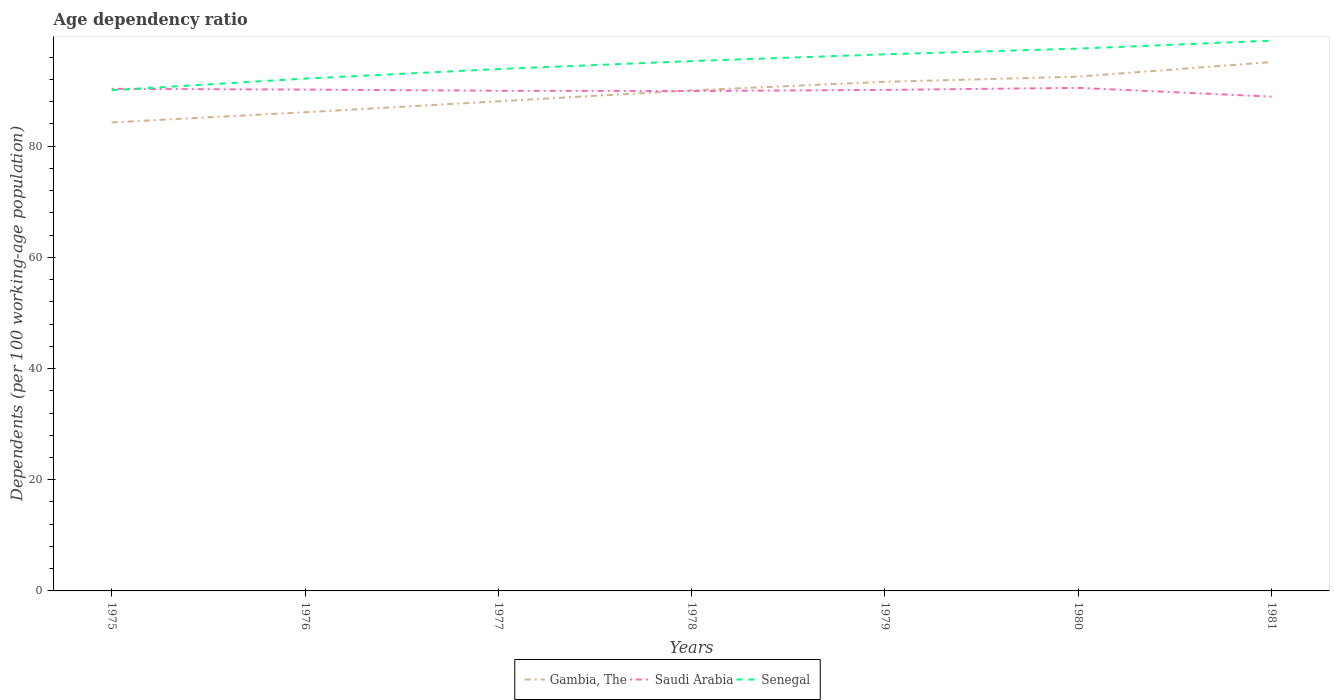
| Years | Gambia, The | Saudi Arabia | Senegal |
 | --- | --- | --- | --- |
 | 1975 | 84.3 | 90.3 | 90.1 |
 | 1976 | 86.1 | 90.2 | 92.2 |
 | 1977 | 88.1 | 90 | 93.9 |
 | 1978 | 90 | 89.9 | 95.3 |
 | 1979 | 91.6 | 90.1 | 96.5 |
 | 1980 | 92.5 | 90.5 | 97.6 |
 | 1981 | 95.1 | 88.9 | 99 |